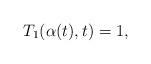
LaTeX: \begin{align*} T_1(\alpha(t),t)=1,\end{align*}